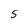
Character: S